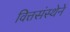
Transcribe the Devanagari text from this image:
वित्तसंस्थेने